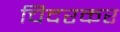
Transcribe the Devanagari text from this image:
चिदरकर